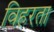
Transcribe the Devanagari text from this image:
विहरता